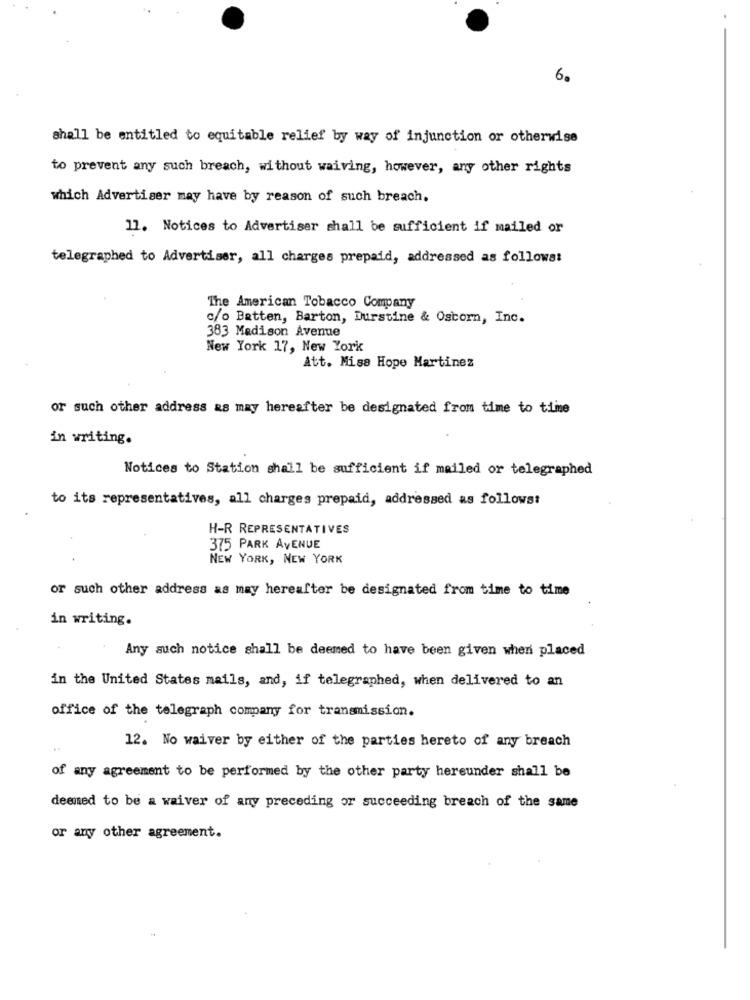
6.
shall be entitled to equitable relief by way of injunction or otherwise
to prevent any such breach, without waiving, however, any other rights
which Advertiser may have by reason of such breach.
11. Notices to Advertiser shall be sufficient if mailed or
telegraphed to Advertiser, all charges prepaid, addressed as follows:
The American Tobacco Company
c/o Batten, Barton, Durstine & Oscorn, Inc.
383 Madison Avenue
New York 17, New York
Att. Miss Hope Martinez
or such other address as may hereafter be designated from time to time
in writing.
Notices to Station shall be sufficient if mailed or telegraphed
to its representatives, all charges prepaid, addressed as follows:
H-R REPRESENTATIVES
375 PARK AVENUE
NEW YORK, NEW YORK
or such other address as may hereafter be designated from time to time
in writing.
Any such notice shall be deemed to have been given when placed
in the United States mails, and, if telegraphed, when delivered to an
office of the telegraph company for transmission.
12. No waiver by either of the parties hereto of any breach
of any agreement to be performed by the other party hereunder shall be
deemed to be a waiver of any preceding or succeeding breach of the same
or any other agreement.